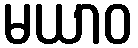
မယာဝ